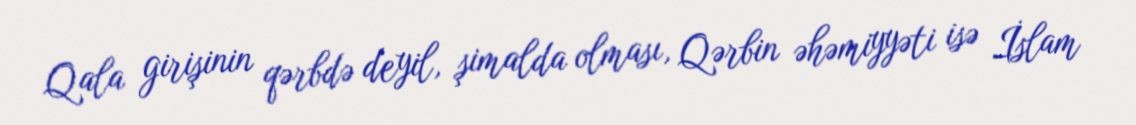
Qala girişinin qərbdə deyil, şimalda olması, Qərbin əhəmiyyəti isə İslam